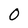
Character: O